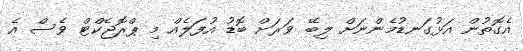
އެގޮތުން އަޅުގަނޑުމެންނަށް ލިބޭ ވަރަށް ބޮޑު އުފަލެއް މި ޕްރޮޖެކްޓް ވެސް އެ